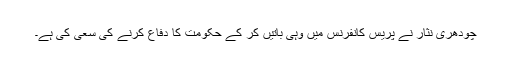
چودھری نثار نے پریس کانفرنس میں وہی باتیں کر کے حکومت کا دفاع کرنے کی سعی کی ہے۔